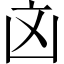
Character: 㓙